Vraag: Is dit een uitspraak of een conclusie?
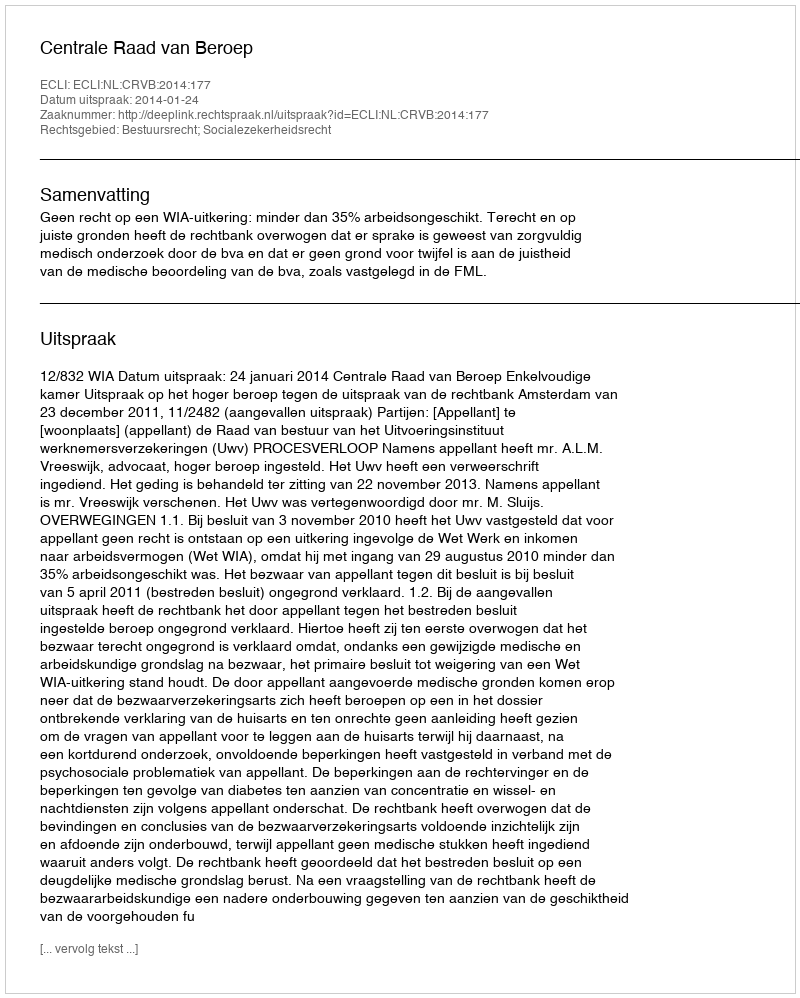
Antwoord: Uitspraak